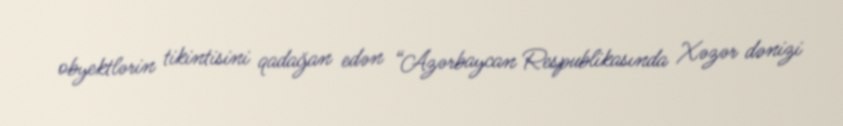
obyektlərin tikintisini qadağan edən “Azərbaycan Respublikasında Xəzər dənizi